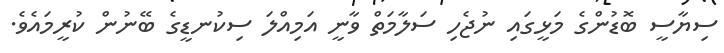
ސިޔާސީ ބޮޑުންގެ މަޅީގައި ނުޖެހި ސަލާމަތް ވާނީ އަމިއްލަ ސިކުނޑީގެ ބޭނުން ކުރީމައެވެ.